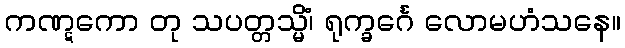
ကဏ္ဋကော တု သပတ္တသ္မိံ၊ ရုက္ခင်္ဂေ လောမဟံသနေ။